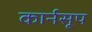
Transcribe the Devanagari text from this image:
कार्नसूप